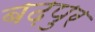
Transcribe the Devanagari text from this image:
बढ़पुर